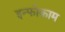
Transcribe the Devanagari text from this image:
इन्फोकाम